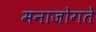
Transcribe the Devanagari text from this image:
मनाजोगते